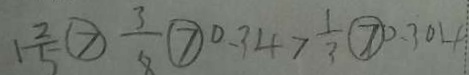
1 \frac { 2 } { 5 } \textcircled { > } \frac { 3 } { 8 } \textcircled { > } 0 . 3 4 > \frac { 1 } { 3 } > 0 . 3 0 4